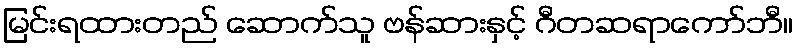
မြင်းရထားတည် ဆောက်သူ ဗန်ဆားနှင့် ဂီတဆရာကော်ဘီ။